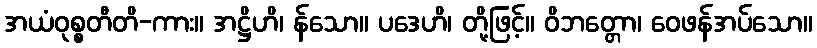
အယံဝုစ္စတီတိ-ကား။ အဋ္ဌိဟိ၊ န်သော။ ပဒေဟိ၊ တို့ဖြင့်။ ဝိဘတ္တော၊ ဝေဖန်အပ်သော။